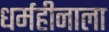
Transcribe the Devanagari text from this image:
धर्महीनाला